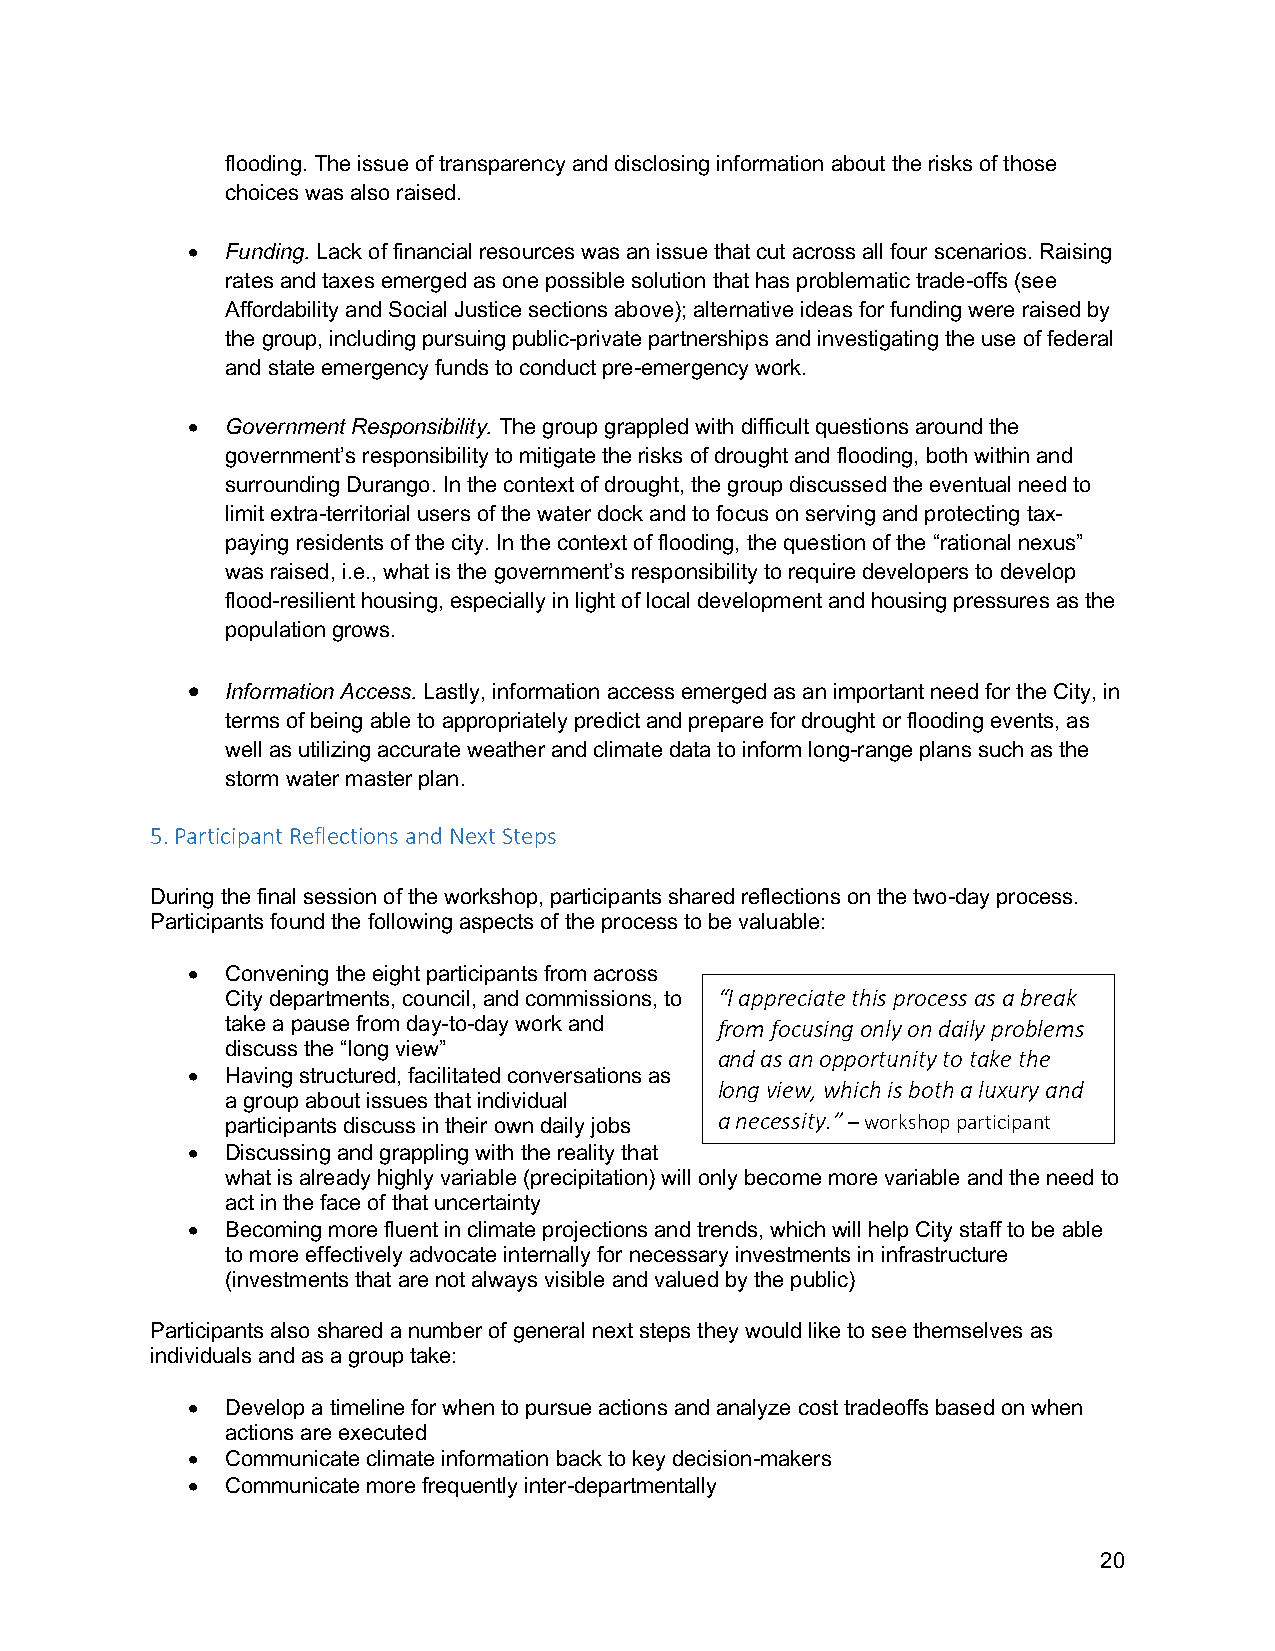
flooding. The issue of transparency and disclosing information about the risks of those
 choices was also raised.
 •  Funding. Lack of financial resources was an issue that cut across all four scenarios. Raising
 rates and taxes emerged as one possible solution that has problematic trade-offs (see
 Affordability and Social Justice sections above); alternative ideas for funding were raised by
 the group, including pursuing public-private partnerships and investigating the use of federal
 and state emergency funds to conduct pre-emergency work.
 •  Government Responsibility. The group grappled with difficult questions around the
 government’s responsibility to mitigate the risks of drought and flooding, both within and
 surrounding Durango. In the context of drought, the group discussed the eventual need to
 limit extra-territorial users of the water dock and to focus on serving and protecting tax-
 paying residents of the city. In the context of flooding, the question of the “rational nexus”
 was raised, i.e., what is the government’s responsibility to require developers to develop
 flood-resilient housing, especially in light of local development and housing pressures as the
 population grows.
 •  Information Access. Lastly, information access emerged as an important need for the City, in
 terms of being able to appropriately predict and prepare for drought or flooding events, as
 well as utilizing accurate weather and climate data to inform long-range plans such as the
 storm water master plan.
 5. Participant Reflections and Next Steps
 During the final session of the workshop, participants shared reflections on the two-day process.
 Participants found the following aspects of the process to be valuable:
 •  Convening the eight participants from across
 City departments, council, and commissions, to “I appreciate this process as a break
 take a pause from day-to-day work and from focusing only on daily problems
 discuss the “long view”
 and as an opportunity to take the
 •  Having structured, facilitated conversations as
 long view, which is both a luxury and
 a group about issues that individual
 participants discuss in their own daily jobs a necessity.” – workshop participant
 •  Discussing and grappling with the reality that
 what is already highly variable (precipitation) will only become more variable and the need to
 act in the face of that uncertainty
 •  Becoming more fluent in climate projections and trends, which will help City staff to be able
 to more effectively advocate internally for necessary investments in infrastructure
 (investments that are not always visible and valued by the public)
 Participants also shared a number of general next steps they would like to see themselves as
 individuals and as a group take:
 •  Develop a timeline for when to pursue actions and analyze cost tradeoffs based on when
 actions are executed
 •  Communicate climate information back to key decision-makers
 •  Communicate more frequently inter-departmentally
 20